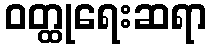
ဝတ္ထုရေးဆရာ